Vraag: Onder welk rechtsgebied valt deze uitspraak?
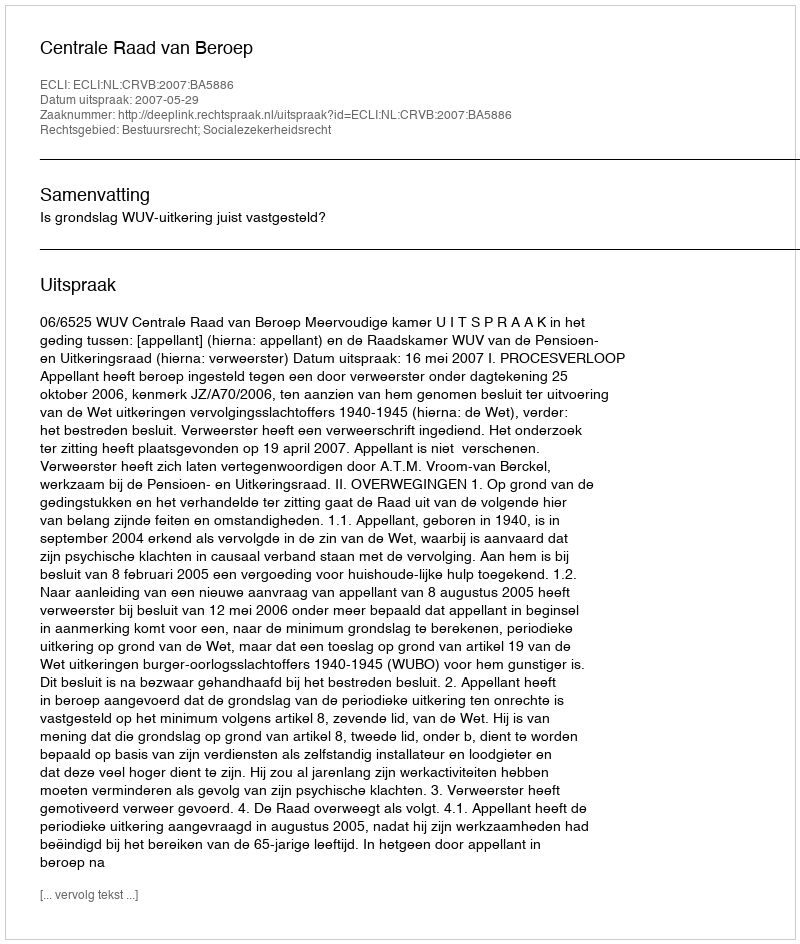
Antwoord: Bestuursrecht; Socialezekerheidsrecht